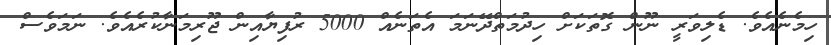
ހިމެނެއެވެ. ޑެލިވަރީ ނޫން ގޮތަކަށް ހިދުމަތްދޭނަމަ އެތަނެއް 5000 ރުފިޔާއިން ޖޫރިމަނާކުރެއެވެ. ނަމަވެސް